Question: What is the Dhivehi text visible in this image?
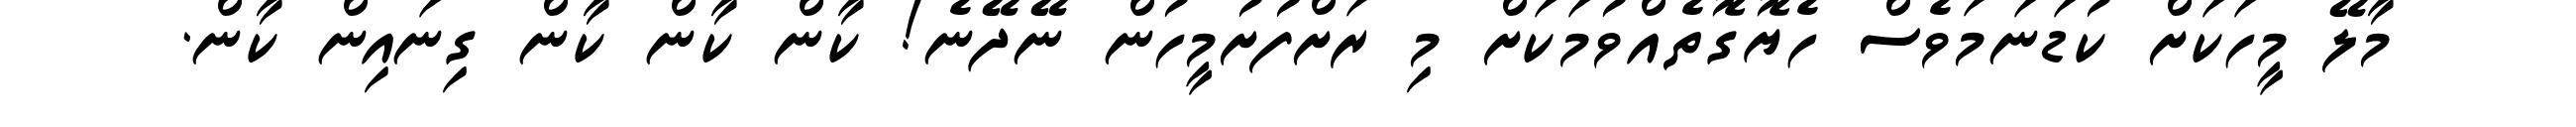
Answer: މާލޭ މީހަކަށް ކުޑަނަމަވެސް ހެޔޮގޮތެއްވުމަކަށް މި ރަށްފުށުމީހުން ނޭދޭނެ! ކާން ކާން ކާން ގިނައިން ކާން.